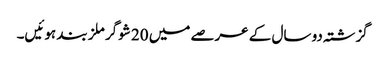
گزشتہ دو سال کے عرصے میں 20 شوگر ملز بند ہوئیں۔